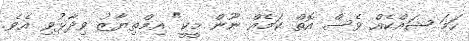
ހަމަ ޝައްކެއް ވެސް އޮތް ކަމެއް ނޫން މީކީ" އިމްތިޔާޒު ވިދާޅުވި އެވެ.